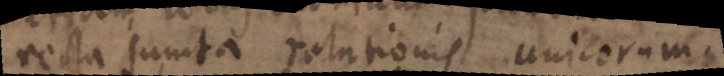
recta sumta relationis unicorum.